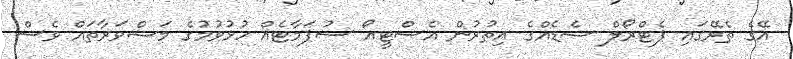
އޭގެ ތެރޭގައި ޕެޓްރޯލް ޝެޑެއްގެ އިތުރުން އެސްޓީއޯ ސުޕަމާޓެއް ހުޅުވުމުގެ މަޝްވަރާތައް ވެސް